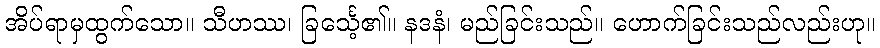
အိပ်ရာမှထွက်သော။ သီဟဿ၊ ခြင်္သေ့၏။ နဒနံ၊ မည်ခြင်းသည်။ ဟောက်ခြင်းသည်လည်းဟု။